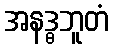
အနဒ္ဓဘူတံ